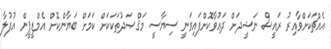
އެއްޗަކަށްވާއިރު ރައީސް ނަޝީދަށް ދަޢުވާކޮށްފައިވަނީ ސިޔާސީ މަޤްޞަދުތަކަކަށް ކަމަށް ބަޔާންކޮށް އެމްޑީޕީން އުފުލާ